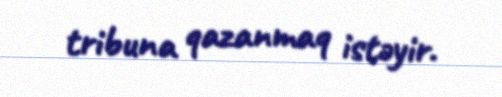
tribuna qazanmaq istəyir.